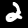
Digit: 2